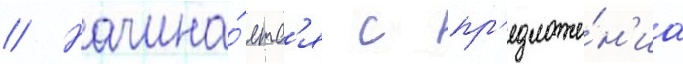
// Начина́етс'я с пр'едложе́н'иа